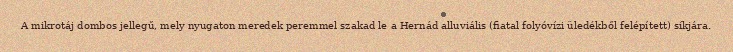
A mikrotáj dombos jellegű, mely nyugaton meredek peremmel szakad le a Hernád alluviális (fiatal folyóvízi üledékből felépített) síkjára.